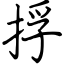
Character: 捊